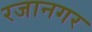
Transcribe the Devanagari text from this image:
रजानगर